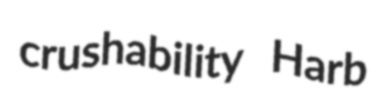
crushability Harb